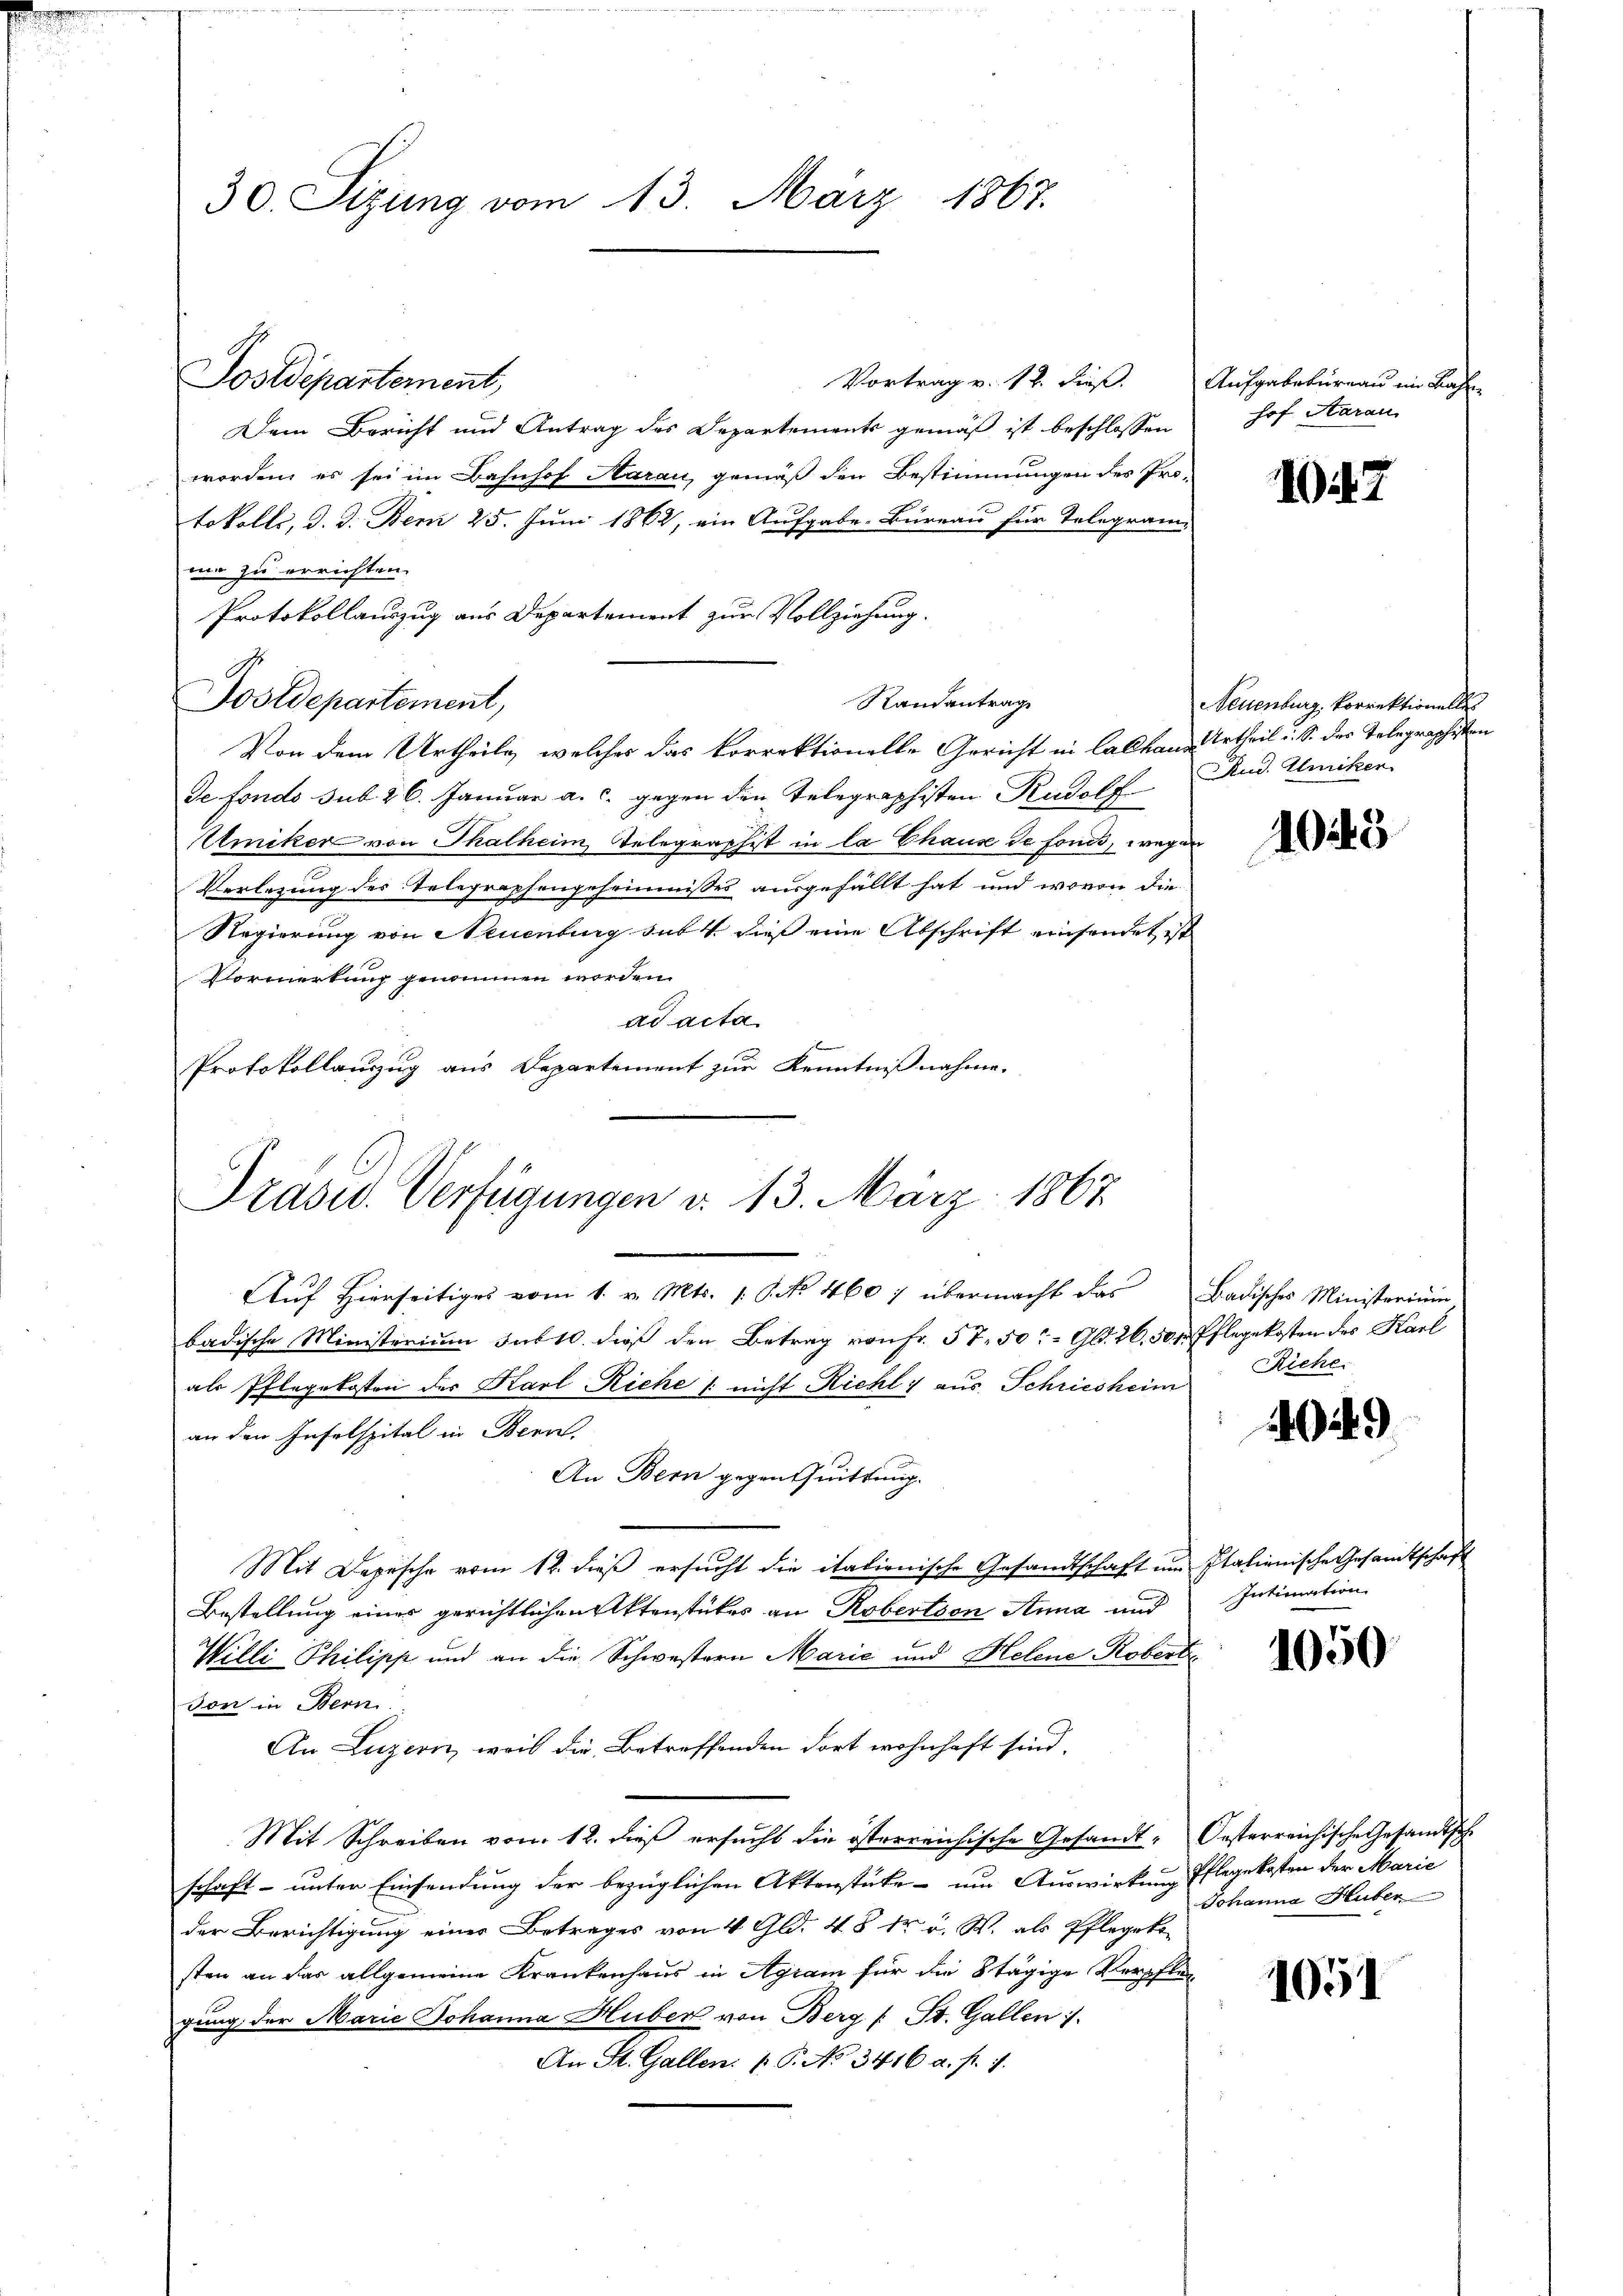
30. Sizung vom 13. März 1867.

Vortrag v. 12. dieß
Dem Bericht und Antrag des Departements gemäß ist beschlossen
worden, es sei im Bahnhof Harau, gemäß den Bestimmungen des Protokolle, d. d. Bem 25. Juni 1862, ein Aufgabe. Bureau für Telegrami
mo zu errichten.
Protokollauszug aus Departement zur Vollziehung.
Randantrag
Von dem Urtheile, welches das korrektionelle Gericht in Calhaus Urtheil i. S. das Telegraphisten
de Fonds sub 26. Januar a. c. gegen den Telegraphisten Rudolf
Umiker von Thalheim Telegraphist in la Chause de fonis, wegen
Verlegung des Telegraphengeheimnisses ausgefällt hat und wovon die
Regierung von Neuenburg sub dieß eine Abschrift einsendet ist
Vormertung genommen worden.
ad acta
Protokollauszug aus Departement zur Kenntnißnahme.

Postdepartement,

Tooldepartement,

Präsid. Verfügungen d. 13. März 1867

Aufgabeturnau im Bahn
hof Aarau

1047

Neuenburg, Korrektionelles
Rud. Kuriken

Auf Hierseitiges vom 1. v. Mts. 1. No 1607 übermacht das Badisches Ministerium
badische Ministerium sub 10. dieß den Betrag von Fr. 57. 50 Gld. 26, 50 f. Pflegekosten des Karl
als Pflegekosten der Karl Riche /: nicht Richl 1 aus Schriesheim Riche
an den Inselspital in Bern,
An Bern gegen Quittung.
Mit Depesche vom 12. dieß ersucht die italienische Gesandtschaft um Italienische Gesandtschaft
Bestellung einer gerichtlichen Aktenstückes an Robertson Anna und
Willi Philipp und an die Schwestern Marić und Helene Robert
son in Bern.
An Luzern, weil die Betreffenden dort wohnhaft sind.
Mit Schreiben vom 12. dieß ersucht die österreichische Gesandt- Oesterreichische Gesandtsche
schaft – unter Einsendung der bezüglichen Aktenstüke - um Auswirkung Pflegekosten der Marie
der Berichtigung einer Betrages von 4 Gld. 48 kr u. W. als Pflegeko
sten an das allgemeine Krankenhaus in Agram für die Stägige Verpflen
gung der Marie Johanna Huber von Berg (: St. Gallen i
An St. Gallen: P. No 3416 a. f. 1.

1048

049

Intimation

1050

Johanna Huber

1051